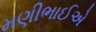
મણીભાઈએ